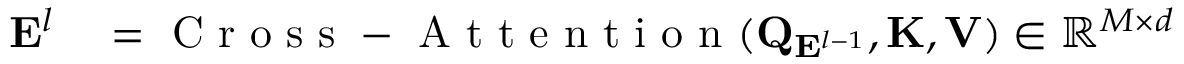
\begin{array} { r l } { \mathbf { E } ^ { l } } & { { } = \mathrm { ~ C ~ r ~ o ~ s ~ s ~ - ~ A ~ t ~ t ~ e ~ n ~ t ~ i ~ o ~ n ~ } ( \mathbf { Q } _ { \mathbf { E } ^ { l - 1 } } , \mathbf { K } , \mathbf { V } ) \in \mathbb { R } ^ { M \times d } } \end{array}